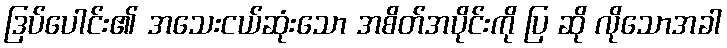
ဒြပ်ပေါင်း၏ အသေးငယ်ဆုံးသော အစိတ်အပိုင်းကို ပြ ဆို လိုသောအခါ